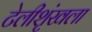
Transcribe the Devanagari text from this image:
टेलीशृंखला